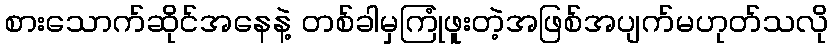
စားသောက်ဆိုင်အနေနဲ့ တစ်ခါမှကြုံဖူးတဲ့အဖြစ်အပျက်မဟုတ်သလို